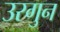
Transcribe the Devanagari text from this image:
उरगुन